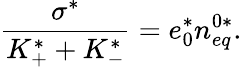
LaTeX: \frac{\sigma^{*}}{K_{+}^{*}+K_{-}^{*}}=e_{0}^{*}n_{eq}^{0*}.